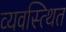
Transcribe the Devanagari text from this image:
व्यवस्त्थित